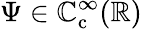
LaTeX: \Psi\in\mathbb{C}_{\mathrm{{c}}}^{\infty}(\mathbb{{R}})